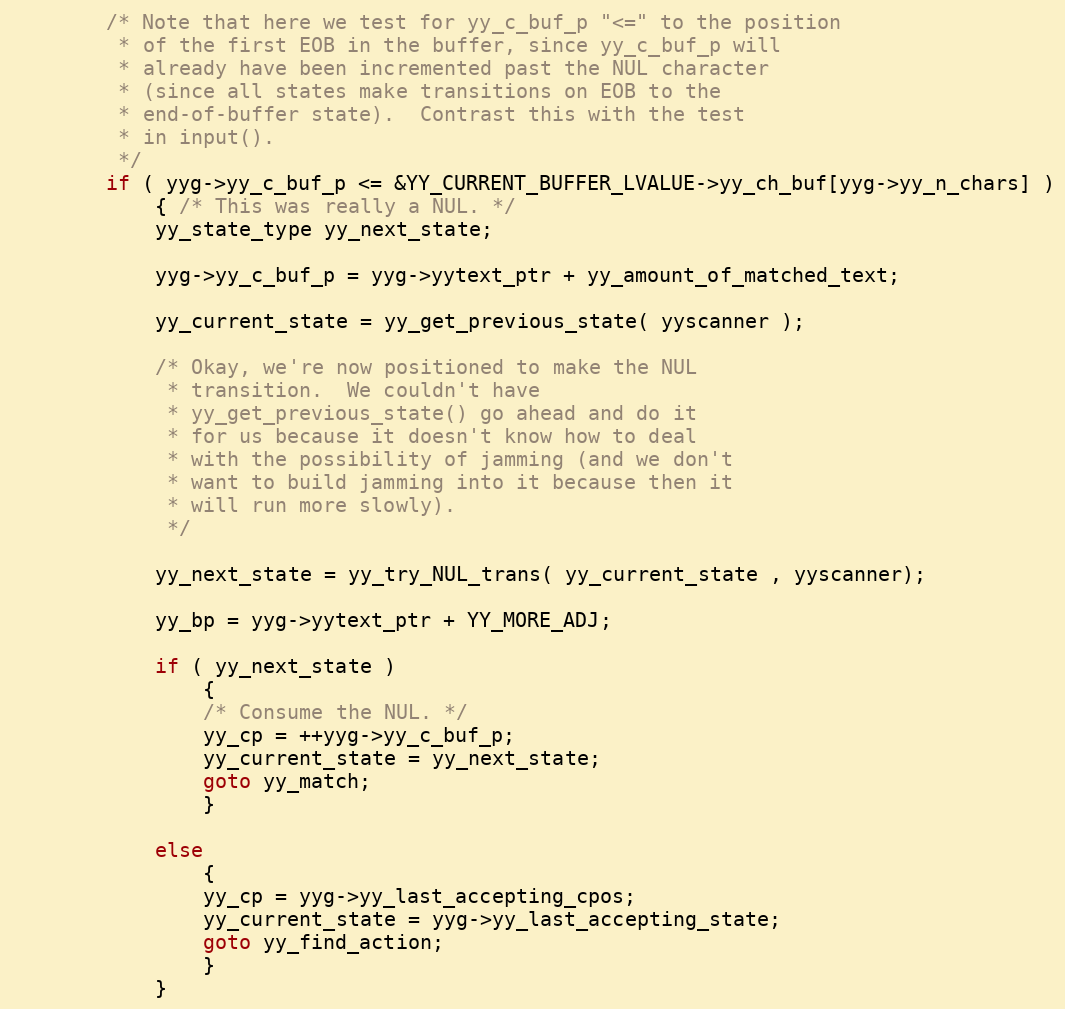
Language: C
		/* Note that here we test for yy_c_buf_p "<=" to the position
		 * of the first EOB in the buffer, since yy_c_buf_p will
		 * already have been incremented past the NUL character
		 * (since all states make transitions on EOB to the
		 * end-of-buffer state).  Contrast this with the test
		 * in input().
		 */
		if ( yyg->yy_c_buf_p <= &YY_CURRENT_BUFFER_LVALUE->yy_ch_buf[yyg->yy_n_chars] )
			{ /* This was really a NUL. */
			yy_state_type yy_next_state;

			yyg->yy_c_buf_p = yyg->yytext_ptr + yy_amount_of_matched_text;

			yy_current_state = yy_get_previous_state( yyscanner );

			/* Okay, we're now positioned to make the NUL
			 * transition.  We couldn't have
			 * yy_get_previous_state() go ahead and do it
			 * for us because it doesn't know how to deal
			 * with the possibility of jamming (and we don't
			 * want to build jamming into it because then it
			 * will run more slowly).
			 */

			yy_next_state = yy_try_NUL_trans( yy_current_state , yyscanner);

			yy_bp = yyg->yytext_ptr + YY_MORE_ADJ;

			if ( yy_next_state )
				{
				/* Consume the NUL. */
				yy_cp = ++yyg->yy_c_buf_p;
				yy_current_state = yy_next_state;
				goto yy_match;
				}

			else
				{
				yy_cp = yyg->yy_last_accepting_cpos;
				yy_current_state = yyg->yy_last_accepting_state;
				goto yy_find_action;
				}
			}